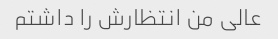
عالی من انتظارش را داشتم